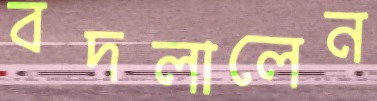
বদলালেন